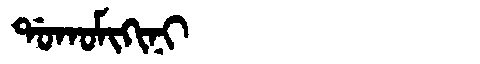
Manchu: ᡩᠣᡴᠣᠮᡳᡴᡳᠨᡳ
Romanization: DOKOMIKINI